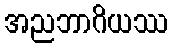
အညဘာဂိယဿ